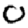
Digit: 0